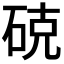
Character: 𮀚